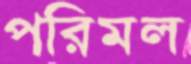
পরিমল